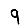
Digit: 9